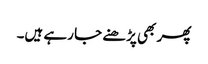
پھر بھی پڑھنے جا رہے ہیں۔